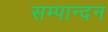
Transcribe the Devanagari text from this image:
सम्पान्दन